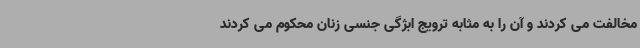
مخالفت می کردند و آن را به مثابه ترویج ابژگی جنسی زنان محکوم می کردند